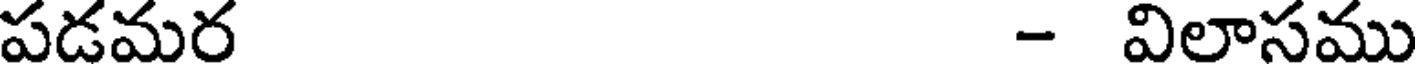
పడమర - విలాసము